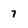
Character: 7